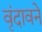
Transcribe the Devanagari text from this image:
वृंदावने